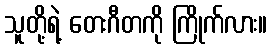
သူတို့ရဲ့ တေးဂီတကို ကြိုက်လား။